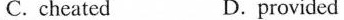
C. cheated D.provided